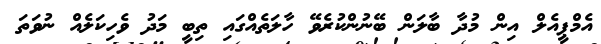
އެމްޕީއެލް އިން މުދާ ބާލަން ބޭނުންކުރެވޭ ހާލަތެއްގައި ތިބީ މަދު ވެހިކަލެއް ނުވަތަ